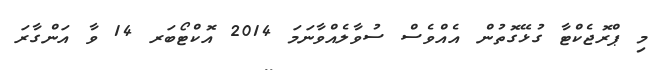
މި ޕްރޮޖެކްޓާ ގުޅޭގޮތުން އެއްވެސް ސުވާލެއްވާނަމަ 2014 އޮކްޓޯބަރ 14 ވާ އަންގާރަ